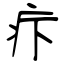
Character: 疜